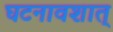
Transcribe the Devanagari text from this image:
घटनावशात्